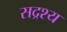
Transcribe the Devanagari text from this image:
सद्रश्य